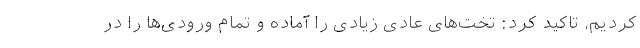
کردیم، تاکید کرد: تخت‌های عادی زیادی را آماده و تمام ورودی‌ها را در